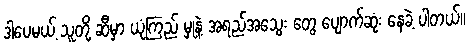
ဒါပေမယ့် သူတို့ ဆီမှာ ယုံကြည် မှုနဲ့ အရည်အသွေး တွေ ပျောက်ဆုံး နေခဲ့ ပါတယ်။